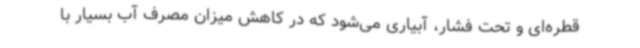
قطره‌ای و تحت فشار، آبیاری می‌شود که در کاهش میزان مصرف آب بسیار با